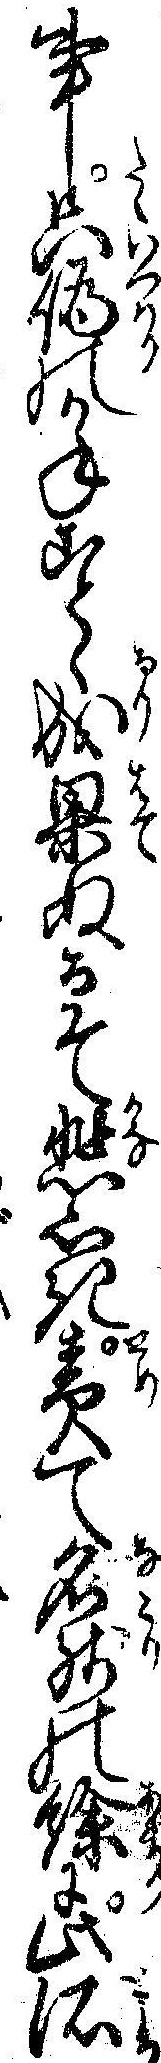
事只偽のかねことゝ成果ぬるそ悲しき責て名残の余に此所